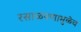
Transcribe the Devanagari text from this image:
रसाळपणामुळेच